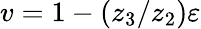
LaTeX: v=1-(z_{3}/z_{2})\varepsilon